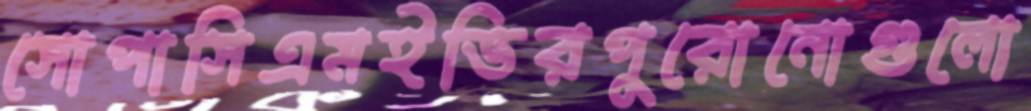
সোপাসিএমইভিরপুরোনোগুলো